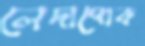
লেদাপোক